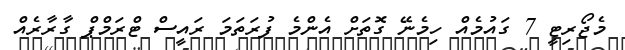
މެޖޯރިޓީ 7 ގައުމެއް ހިމެނޭ ގޮތަށް އެންމެ ފުރަތަމަ ރައީސް ޓްރަމްޕް ގާރާރެއް